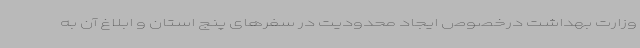
وزارت بهداشت درخصوص ایجاد محدودیت در سفرهای پنج استان و ابلاغ آن به